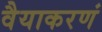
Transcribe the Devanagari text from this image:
वैयाकरणं